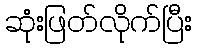
ဆုံးဖြတ်လိုက်ပြီး